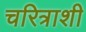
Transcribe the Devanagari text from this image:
चरित्राशी